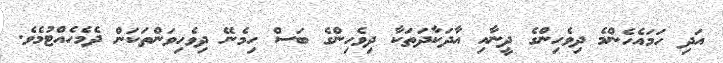
އަދި ހަމައެހެންމެ ދިވެހިންގެ ދީނާއި އާދަކާދަތަކާ ދިވެހިންގެ ބަސް ހިމެނޭ ދިވެހިވަންތަކަން ދެމެހެއްޓުމެވެ.